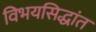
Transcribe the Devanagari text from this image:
विभयसिद्धांत